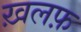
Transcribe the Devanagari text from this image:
ख़लफ़